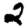
Digit: 2